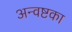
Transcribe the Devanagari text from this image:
अन्वष्टका